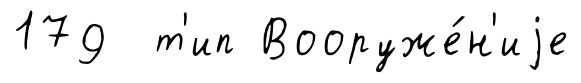
179 т'ип Вооруже́н'иjе